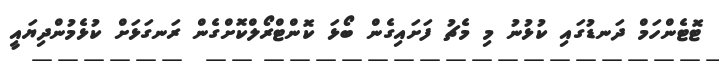
ޓޮޓެންހަމް ދަނޑުގައި ކުޅުނު މި މެޗު ފަށައިގެން ބޯޅަ ކޮންޓްރޯލްކޮށްގެން ރަނގަޅަށް ކުޅެމުންދިޔައީ